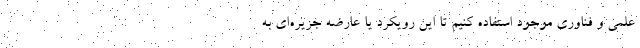
علمی و فناوری موجود استفاده کنیم تا این رویکرد یا عارضه جزیره‌ای به